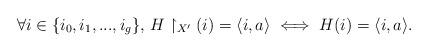
LaTeX: \begin{align*}\forall i\in \{i_0,i_1,...,i_g\},\,H\restriction_{X'}(i)=\langle i,a\rangle \iff H(i)=\langle i,a\rangle.\end{align*}